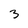
Character: 3